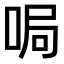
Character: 𫪐